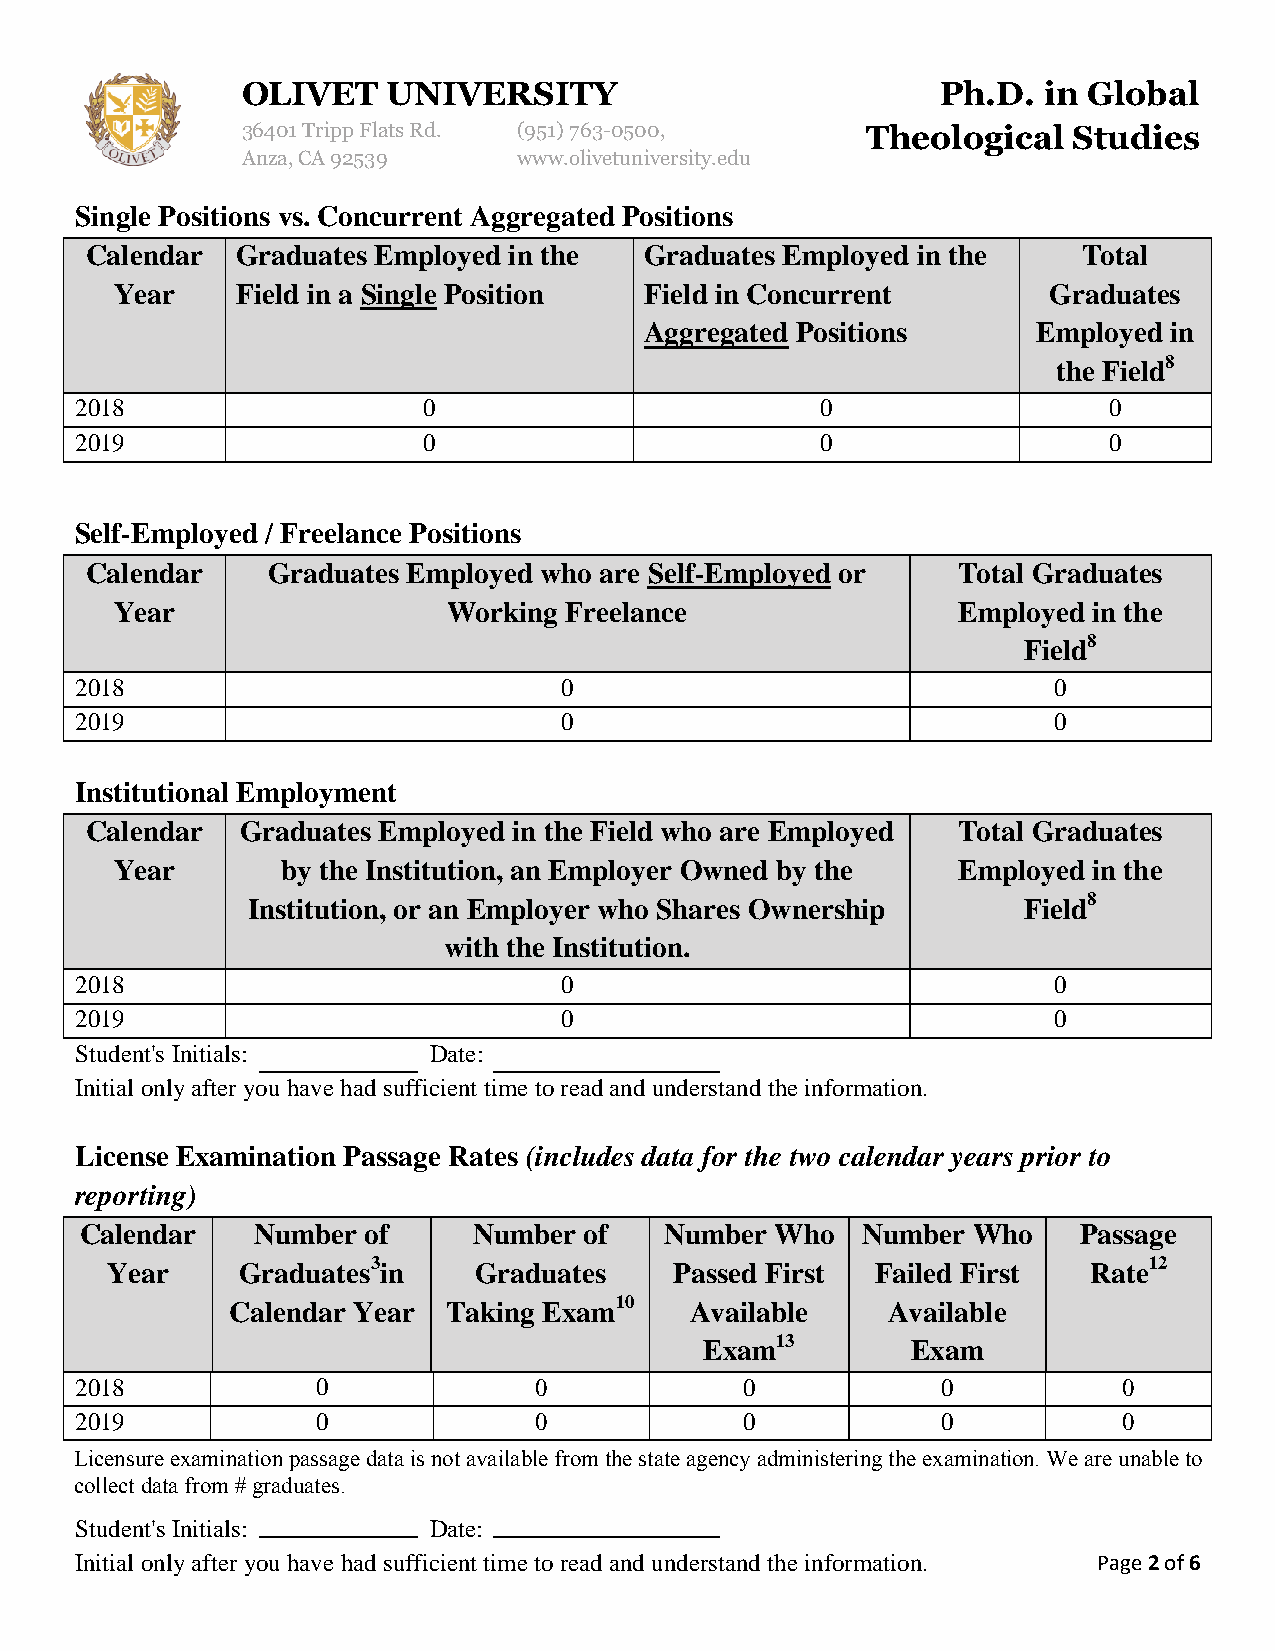
OLIVET    UNIVERSITY                          Ph.D.  in Global
 36401 Tripp Flats Rd. (951)763-0500,     Theological   Studies
 Anza, CA 92539    www.olivetuniversity.edu
 Single Positions vs. Concurrent Aggregated Positions
 Calendar  Graduates Employed in the  Graduates Employed in the    Total
 Year    Field in a Single Position Field in Concurrent       Graduates
 Aggregated Positions      Employed in
 the Field8
 2018                   0                         0                  0
 2019                   0                         0                  0
 Self-Employed / Freelance Positions
 Calendar    Graduates Employed who are Self-Employed or  Total Graduates
 Year                  Working Freelance                Employed in the
 Field8
 2018                            0                                0
 2019                            0                                0
 Institutional Employment
 Calendar  Graduates Employed in the Field who are Employed Total Graduates
 Year       by the Institution, an Employer Owned by the Employed in the
 Institution, or an Employer who Shares Ownership    Field8
 with the Institution.
 2018                            0                                0
 2019                            0                                0
 Student's Initials:    Date:
 Initial only after you have had sufficient time to read and understand the information.
 License Examination Passage Rates (includes data for the two calendar years prior to
 reporting)
 Calendar    Number of     Number  of   Number Who   Number Who     Passage
 Year     Graduates3in   Graduates     Passed First Failed First  Rate12
 Calendar Year  Taking Exam10   Available    Available
 Exam13       Exam
 2018            0             0             0            0           0
 2019            0             0             0            0           0
 Licensure examination passage data is not available from the state agency administering the examination. We are unable to
 collect data from # graduates.
 Student's Initials:    Date:
 Initial only after you have had sufficient time to read and understand the information. Page 2 of 6